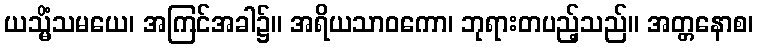
ယသ္မိံသမယေ၊ အကြင်အခါ၌။ အရိယသာဝကော၊ ဘုရားတပည့်သည်။ အတ္တနောစ၊